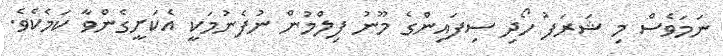
ނަމަވެސް މި ޝަރަފު ހޯދި ސިފައިންގެ މޫނު ފިލްމުން ނުފެނުމަކީ އެކަށީގެންވާ ކަމެކެވެ.